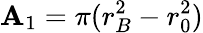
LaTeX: \mathbf{A}_{1}=\pi(r_{B}^{2}-r_{0}^{2})